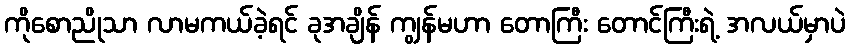
ကိုစောညိုသာ လာမကယ်ခဲ့ရင် ခုအချိန် ကျွန်မဟာ တောကြီး တောင်ကြီးရဲ့ အလယ်မှာပဲ